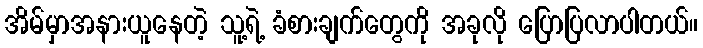
အိမ်မှာအနားယူနေတဲ့ သူ့ရဲ့ ခံစားချက်တွေကို အခုလို ပြောပြလာပါတယ်။